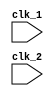
module multirate_timer (
    input wire clk_1, // Clock domain 1
    input wire clk_2, // Clock domain 2
    // Add more clock signals as needed
    // Define your timer modules for each clock domain here
    // Define your synchronization logic here
    );

// Define your timer modules for each clock domain
// For example:
reg [7:0] timer_1;
reg [7:0] timer_2;
// Add more timer modules as needed

always @(posedge clk_1) begin
    // Add your timing control logic here for clock domain 1
    timer_1 <= timer_1 + 1;
    // Add timer comparison logic if needed
end

always @(posedge clk_2) begin
    // Add your timing control logic here for clock domain 2
    timer_2 <= timer_2 + 1;
    // Add timer comparison logic if needed
end

// Define your synchronization logic
// Add synchronization logic to handle clock domain crossing issues

endmodule